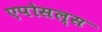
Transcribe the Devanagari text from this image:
एपोसल्स